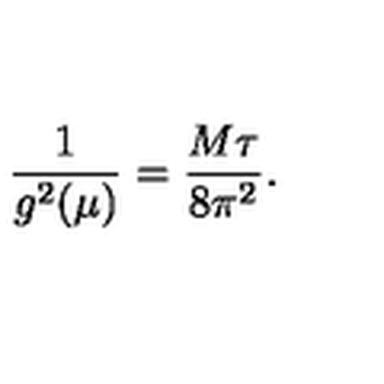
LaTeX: \frac { 1 } { g ^ { 2 } ( \mu ) } = \frac { M \tau } { 8 \pi ^ { 2 } } .